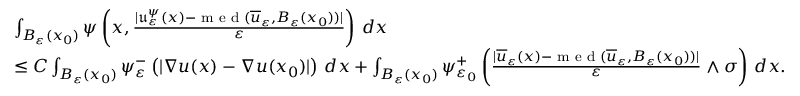
\begin{array} { r l } & { \int _ { B _ { \varepsilon } ( x _ { 0 } ) } \psi \left( x , \frac { | \mathfrak { u } _ { \varepsilon } ^ { \psi } ( x ) - \textnormal { m e d } ( \overline { { u } } _ { \varepsilon } , B _ { \varepsilon } ( x _ { 0 } ) ) | } { \varepsilon } \right) \, d x } \\ & { \leq C \int _ { B _ { \varepsilon } ( x _ { 0 } ) } \psi _ { \varepsilon } ^ { - } \left( | \nabla u ( x ) - \nabla u ( x _ { 0 } ) | \right) \, d x + \int _ { B _ { \varepsilon } ( x _ { 0 } ) } \psi _ { \varepsilon _ { 0 } } ^ { + } \left( \frac { | \overline { { u } } _ { \varepsilon } ( x ) - \textnormal { m e d } ( \overline { { u } } _ { \varepsilon } , B _ { \varepsilon } ( x _ { 0 } ) ) | } { \varepsilon } \wedge \sigma \right) \, d x . } \end{array}